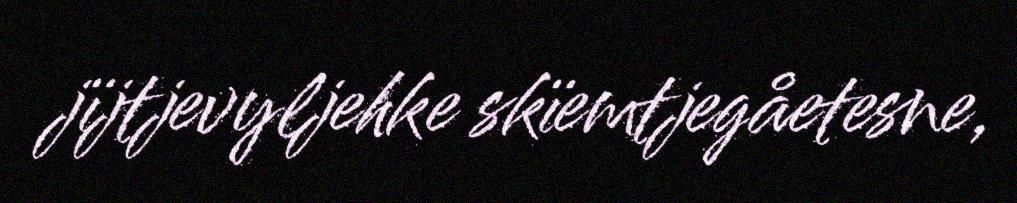
jïjtjevyljehke skïemtjegåetesne,